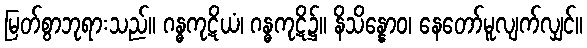
မြတ်စွာဘုရားသည်။ ဂန္ဓကုဋိယံ၊ ဂန္ဓကုဋိ၌။ နိသိန္နောဝ၊ နေတော်မူလျက်လျှင်။